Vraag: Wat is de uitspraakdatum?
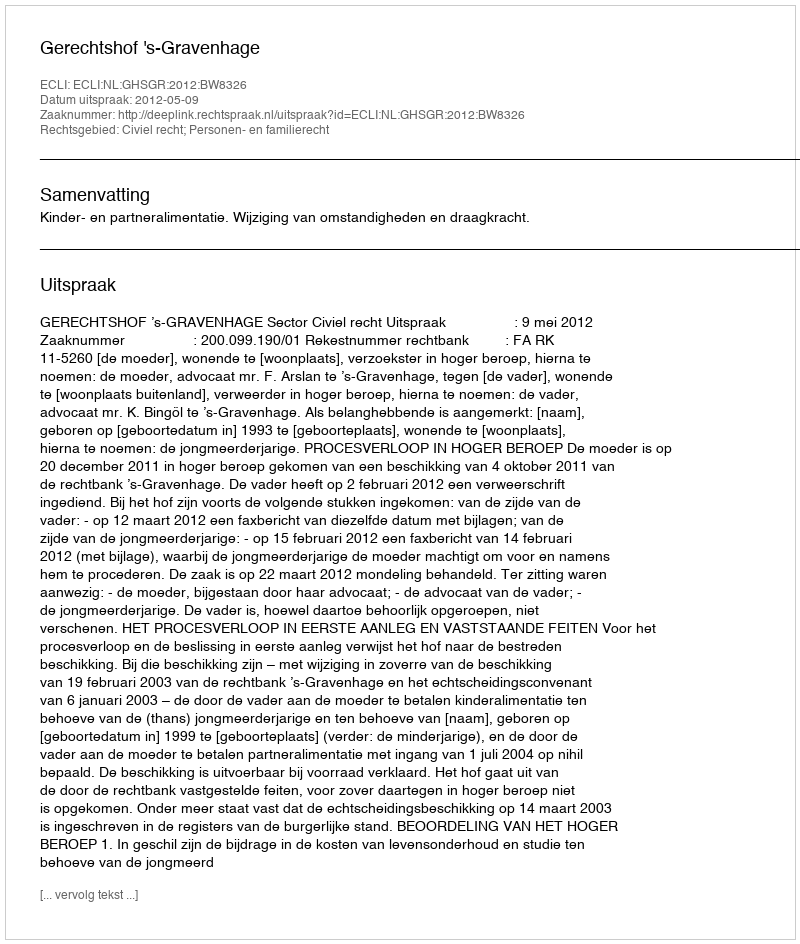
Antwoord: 2012-05-09